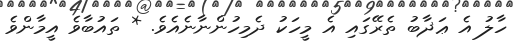
ހާލު އެ ޢަޛާބު ތެރޭގައި އެ މީހަކު ދެމިހުންނާނެއެވެ. * ތައުބާވެ އީމާންވެ